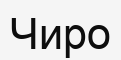
Чиро